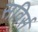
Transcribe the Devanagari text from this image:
सविर्स